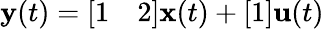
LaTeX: {\textbf{y}}(t)={\left[\begin{array}{ll}{1}&{2}\end{array}\right]}{\textbf{x}}(t)+{\left[\begin{array}{l}{1}\end{array}\right]}{\textbf{u}}(t)